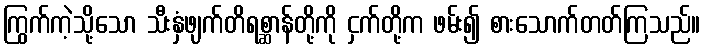
ကြွက်ကဲ့သို့သော သီးနှံဖျက်တိရစ္ဆာန်တို့ကို ငှက်တို့က ဖမ်း၍ စားသောက်တတ်ကြသည်။